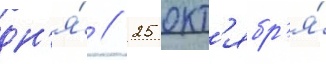
дн'я́ // 25 окт'ябр'я́